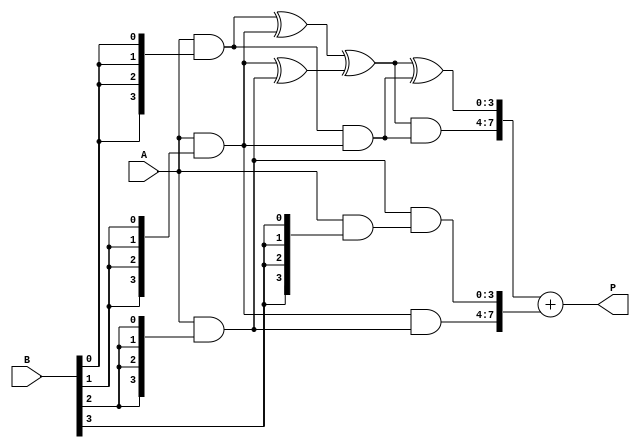
module wallace_tree_multiplier #(parameter N = 4) (
    input [N-1:0] A,
    input [N-1:0] B,
    output [2*N-1:0] P
);

    // Partial product generation
    wire [N-1:0] pp[N-1:0]; // Partial products
    genvar i, j;
    generate
        for (i = 0; i < N; i = i + 1) begin : gen_partial_products
            assign pp[i] = A & {N{B[i]}}; // AND operation to generate partial products
        end
    endgenerate

    // Carry-Save Adder (CSA) for Wallace Tree
    wire [N-1:0] sum[N-1:0];
    wire [N-1:0] carry[N-1:0];

    // Initial stage of CSA
    generate
        for (i = 0; i < N; i = i + 1) begin : csa_stage_1
            if (i < N-1) begin
                assign sum[i] = pp[i] ^ pp[i+1]; // Sum
                assign carry[i] = pp[i] & pp[i+1]; // Carry
            end else begin
                assign sum[i] = pp[i]; // Last partial product
                assign carry[i] = 0; // No carry
            end
        end
    endgenerate

    // Second stage of CSA
    wire [N-1:0] sum2[N-1:0];
    wire [N-1:0] carry2[N-1:0];

    generate
        for (i = 0; i < N/2; i = i + 1) begin : csa_stage_2
            assign sum2[i] = sum[2*i] ^ sum[2*i+1]; // Sum
            assign carry2[i] = sum[2*i] & sum[2*i+1]; // Carry
        end
    endgenerate

    // Final stage of CSA
    wire [N-1:0] final_sum;
    wire [N-1:0] final_carry;

    assign final_sum = sum2[0] ^ carry[0]; // Final sum
    assign final_carry = sum2[0] & carry[0]; // Final carry

    // Final addition using a simple adder
    wire [2*N-1:0] final_product;
    assign final_product = {final_carry, final_sum} + {1'b0, carry[1], carry[2]}; // Final product calculation

    // Output the final product
    assign P = final_product;

endmodule